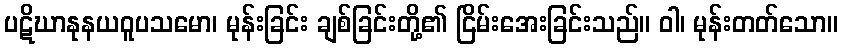
ပဋိဃာနုနယဝူပသမော၊ မုန်းခြင်း ချစ်ခြင်းတို့၏ ငြိမ်းအေးခြင်းသည်။ ဝါ၊ မုန်းတတ်သော။